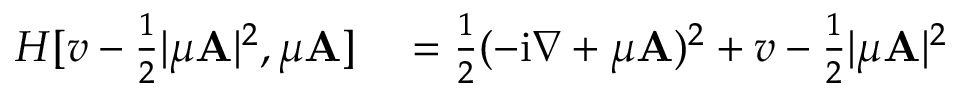
\begin{array} { r l } { H [ v - \frac 1 2 | \mu \mathbf { A } | ^ { 2 } , \mu \mathbf { A } ] } & { { } = \frac 1 2 ( - \mathrm { i } \nabla + \mu \mathbf { A } ) ^ { 2 } + v - \frac 1 2 | \mu \mathbf { A } | ^ { 2 } } \end{array}